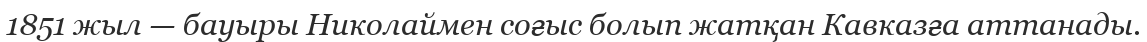
1851 жыл — бауыры Николаймен соғыс болып жатқан Кавказға аттанады.